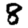
Digit: 8